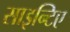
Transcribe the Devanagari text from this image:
साइन्टिए